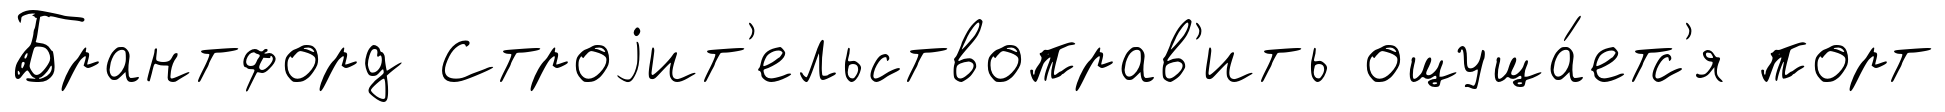
Брантфорд Строjит'ельствоправ'ить ощуща́етс'я порт